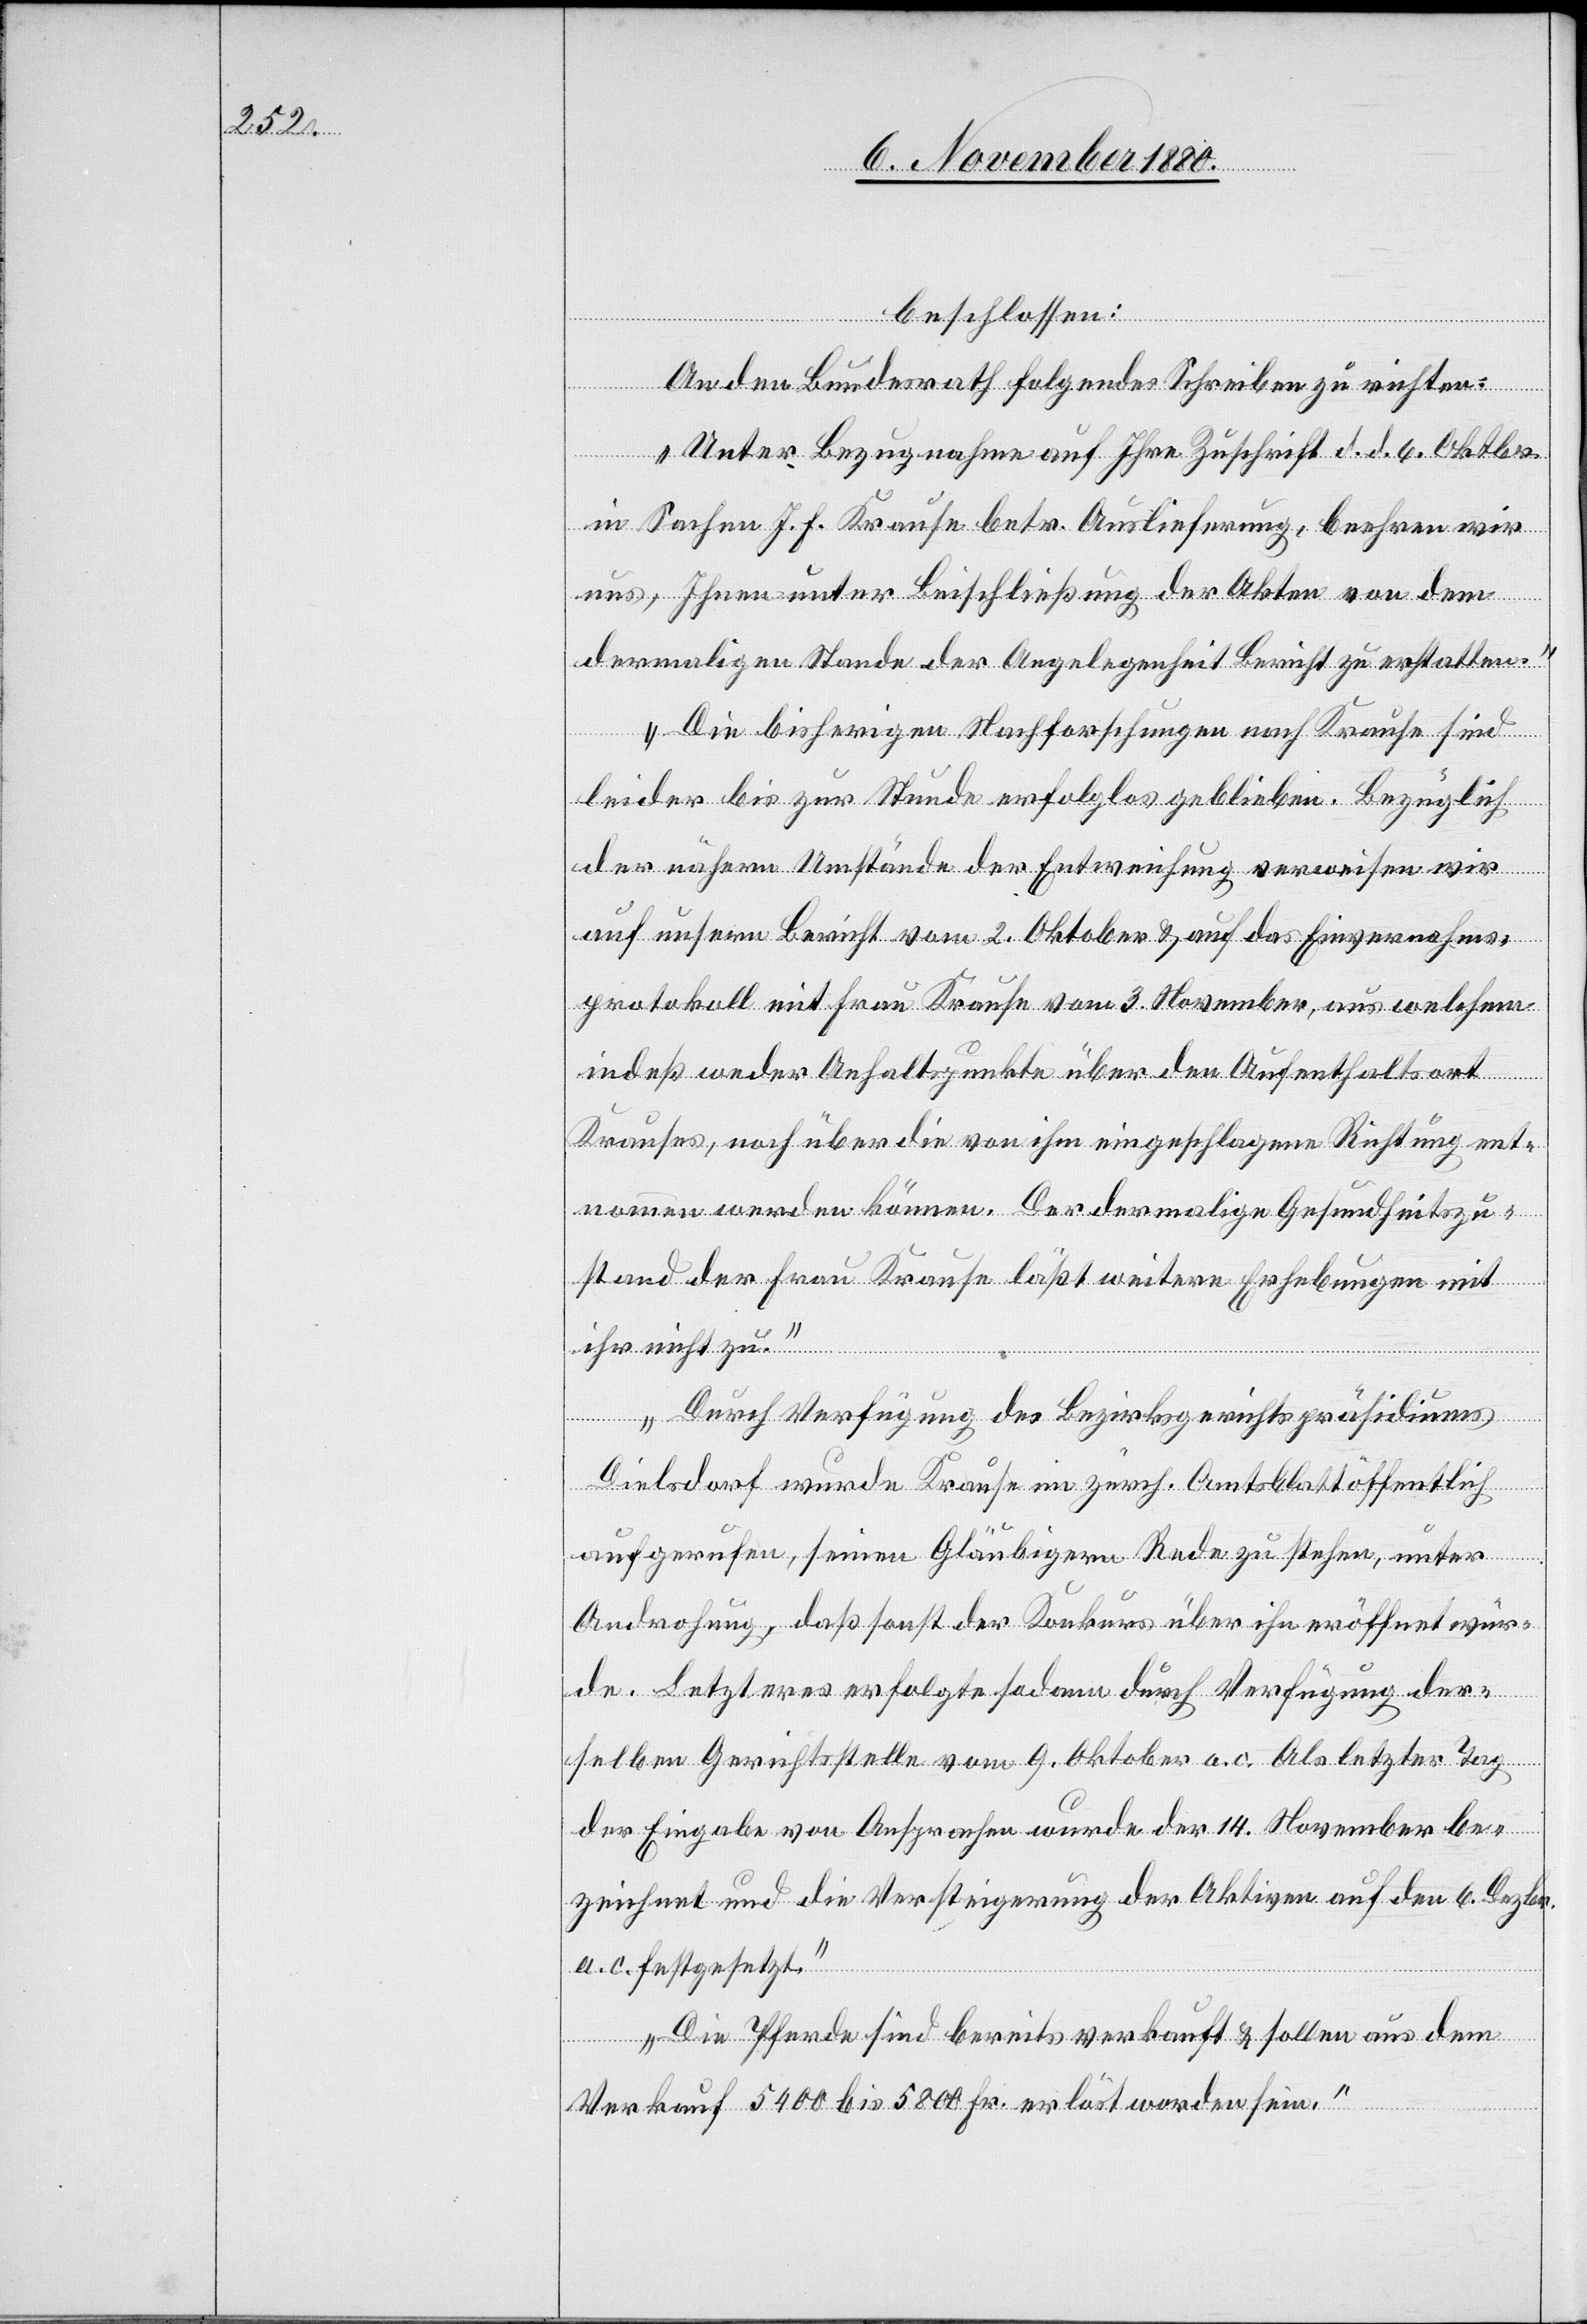
beschlossen:
An den Bundesrath folgendes Schreiben zu richten:
zu.
„Unter Bezugnahme auf Ihre Zuschrift d. d. 6. Oktober
in Sachen J. F. Krause betr. Auslieferung, beehren wir
uns, Ihnen unter Beischließung der Akten von dem
dermaligen Stande der Angelegenheit Bericht zu erstatten.
Die bisherigen Nachforschungen nach Krause sind
leider bis zur Stunde erfolglos geblieben. Bezüglich
der nähern Umstände der Entweichung verweisen wir
auf unsern Bericht vom 2. Oktober & auf das Einvernahms¬
protokoll mit Frau Krause vom 3. November, aus welchem
indeß weder Anhaltspunkte über den Aufenthaltsort
Krauses, noch über die von ihm eingeschlagenen Richtung ent¬
nommen werden können. Der dermalige Gesundheitszu¬
stand der Frau Krause läßt weitere Erhebungen nicht
Durch Verfügung des Bezirksgerichtspräsidiums
Dielsdorf wurde Krause im zürch. Amtsblatt öffentlich
aufgerufen, seinen Gläubigern Rede zu stehen, unter
Androhung, daß sonst der Konkurs über ihn eröffnet wür¬
de. Letzteres erfolgte sodann durch Verfügung der¬
selben Gerichtsstelle vom 9. Oktober a. c. Als letzter Tag
der Eingabe von Ansprachen wurde der 14. November be¬
zeichnet und die Versteigerung der Aktiven auf den 6. Dezbr.
a. c. festgesetzt.
Die Pferde sind bereits verkauft & sollen aus dem
Verkauf 5400 bis 5800 Fr. erlöst worden sein.